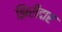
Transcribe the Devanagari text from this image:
झिरीदार